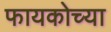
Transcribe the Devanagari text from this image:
फायकोच्या